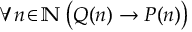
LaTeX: \forall n \! \in \! \mathbb { N } \; { \bigl ( } Q ( n ) \rightarrow P ( n ) { \bigr ) }